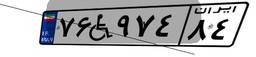
۲۹W۹۹۵۸۲